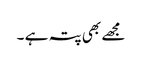
مجھے بھی پتہ ہے ۔